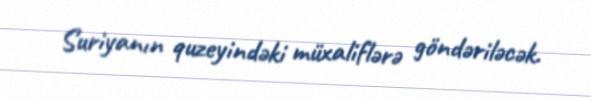
Suriyanın quzeyindəki müxaliflərə göndəriləcək.